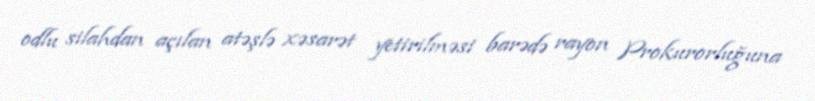
odlu silahdan açılan atəşlə xəsarət yetirilməsi barədə rayon Prokurorluğuna